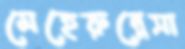
মেহেরুন্নেসা